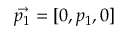
\vec { p _ { 1 } } = [ 0 , p _ { 1 } , 0 ]